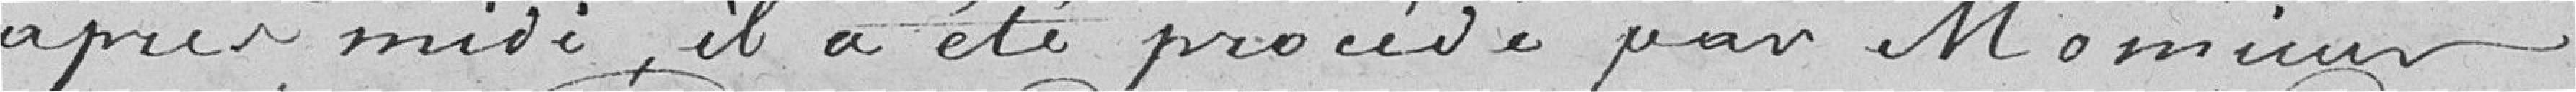
après-midi, il a été procédé par monsieur